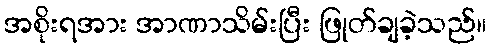
အစိုးရအား အာဏာသိမ်းပြီး ဖြုတ်ချခဲ့သည်။